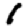
Digit: 1